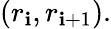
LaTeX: (r_{\mathbf{i}},r_{\mathbf{i}+1}).